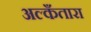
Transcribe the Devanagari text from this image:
अल्कँतारा